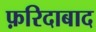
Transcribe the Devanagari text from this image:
फ़रिदाबाद